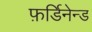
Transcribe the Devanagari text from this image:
फ़र्डिनेन्ड